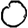
Digit: 0